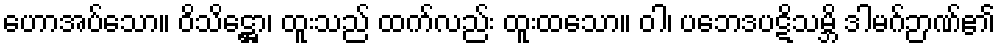
ဟောအပ်သော။ ဝိသိဋ္ဌော၊ ထူးသည် ထက်လည်း ထူးထသော။ ဝါ၊ ပဘေဒပဋိသမ္ဘိ ဒါမဂ်ဉာဏ်၏